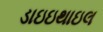
ડાઇઇથાઇલ